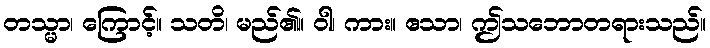
တသ္မာ၊ ကြောင့်။ သတိ၊ မည်၏။ ဝါ၊ ကား။ ဧသာ၊ ဤသဘောတရားသည်။